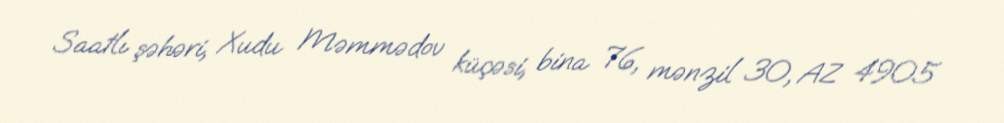
Saatlı şəhəri, Xudu Məmmədov küçəsi, bina 76, mənzil 30, AZ 4905